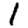
Digit: 1